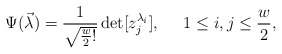
\begin{align*}\Psi (\vec\lambda)=\frac{1}{\sqrt{\frac{w}{2}!} }\det [z_j^{\lambda_i}],\;\;\;\;\; 1\leq i,j\leq \frac{w}{2},\end{align*}